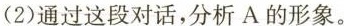
(2)通过这段对话，分析A的形象。